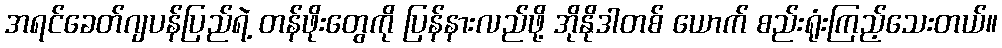
အရင်ခေတ်ဂျပန်ပြည်ရဲ့ တန်ဖိုးတွေကို ပြန်နားလည်ဖို့ အိုနိုဒါတစ် ယောက် စည်းရုံးကြည့်သေးတယ်။